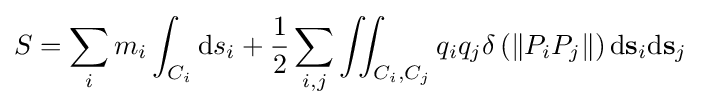
S=\sum _{i}m_{i}\int _{C_{i}}\mathrm {d} s_{i}+{\frac {1}{2}}\sum _{i,j}\iint _{C_{i},C_{j}}q_{i}q_{j}\delta \left(\left\Vert P_{i}P_{j}\right\Vert \right)\mathrm {d} \mathbf {s} _{i}\mathrm {d} \mathbf {s} _{j}